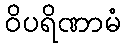
ဝိပရိဏာမံ